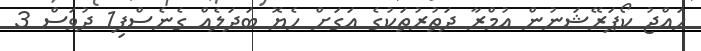
ހައްޖު ކޯޕަރޭޝަނުން އުމްރާ ދަތުރުތަކުގެ އަގަށް ހެޔޮ ބަދަލެއް ގެނެސްފި1 ދުވަސް 3